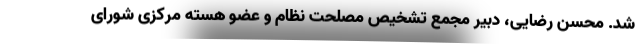
شد. محسن رضایی، دبیر مجمع تشخیص مصلحت نظام و عضو هسته مرکزی شورای